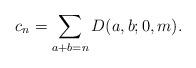
LaTeX: \begin{align*} c_n = \sum_{a+b=n} D(a,b; 0, m).\end{align*}